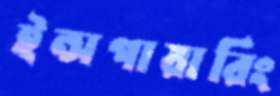
ইন্সপায়ারিং